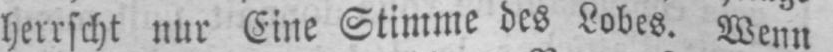
herrscht nur Eine Stimme des Lobes. Wenn